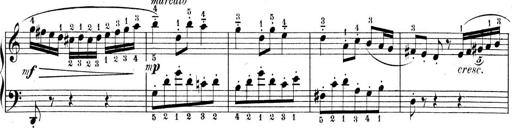
Title: 9 Sonatinen
Composer: Alexander Winterberger